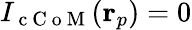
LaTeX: I_{\mathrm{~c~C~o~M~}}(\mathbf{r}_{p})=0